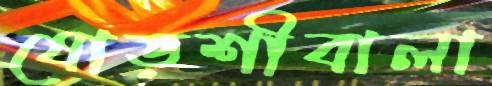
ষোড়শীবালা